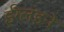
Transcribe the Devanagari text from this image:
ईंग्लंडने